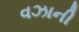
વઝાની